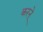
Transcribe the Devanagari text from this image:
करने्